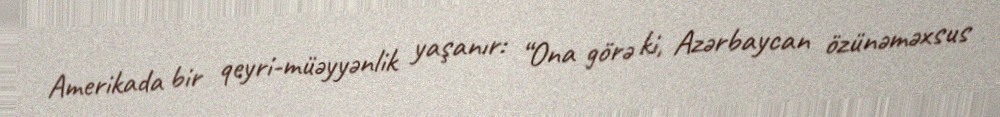
Amerikada bir qeyri-müəyyənlik yaşanır: “Ona görə ki, Azərbaycan özünəməxsus